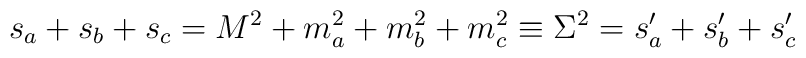
s_a+s_b+s_c = M^2 + m_a^2 +m_b^2 +m_c^2 \equiv \Sigma^2=s_a'+s_b'+s_c'